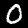
Label: 0